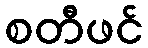
စတီဖင်